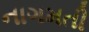
નાગમતી